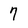
Character: 7